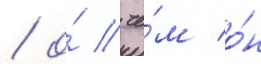
/ о́ че́м о́н